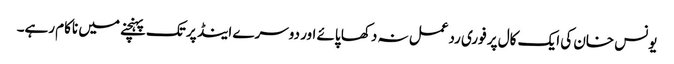
یونس خان کی ایک کال پر فوری ردعمل نہ دکھا پائے اور دوسرے اینڈ پر تک پہنچنے میں ناکام رہے۔